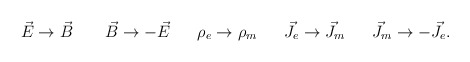
\begin{align*}\vec E \rightarrow \vec B~~~~~~\vec B \rightarrow -\vec E~~~~~\rho_e \rightarrow \rho_m ~~~~~\vec J_e \rightarrow \vec J_m ~~~~~\vec J_m \rightarrow- \vec J_e.\end{align*}